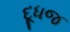
દૂધજ